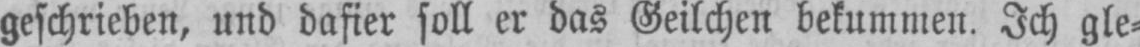
geschrieben, und dasier soll er das Geilchen bekummen. Ich gle⸗